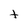
Character: t